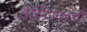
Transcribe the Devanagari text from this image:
हेस्टिंग्जची